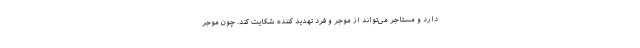
دارد و مستاجر می‌تواند از موجر و فرد تهدید کننده شکایت کند. چون موجر